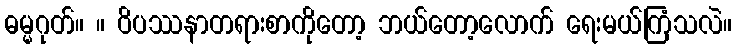
ဓမ္မဂုတ်။ ။ ဝိပဿနာတရားစာကိုတော့ ဘယ်တော့လောက် ရေးမယ်ကြံသလဲ။